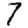
Digit: 7